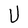
Character: U